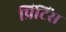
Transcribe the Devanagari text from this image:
प्रिंटिंस